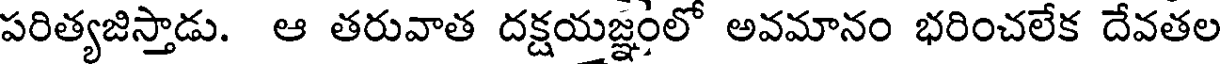
పరిత్యజిస్తాడు. ఆ తరువాత దక్షయజ్ఞంలో అవమానం భరించలేక దేవతల